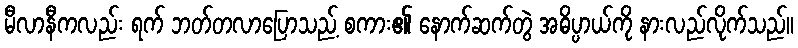
မီလာနီကလည်း ရက် ဘတ်တလာပြောသည့် စကား၏ နောက်ဆက်တွဲ အဓိပ္ပာယ်ကို နားလည်လိုက်သည်။